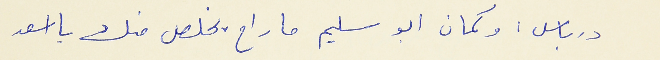
درباس : وكمان ابو سليم ما راح يخلص منك يا اسعد